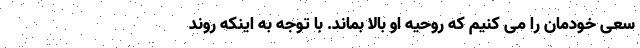
سعی خودمان را می کنیم که روحیه او بالا بماند. با توجه به اینکه روند